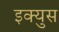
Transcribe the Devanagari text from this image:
इक्युस